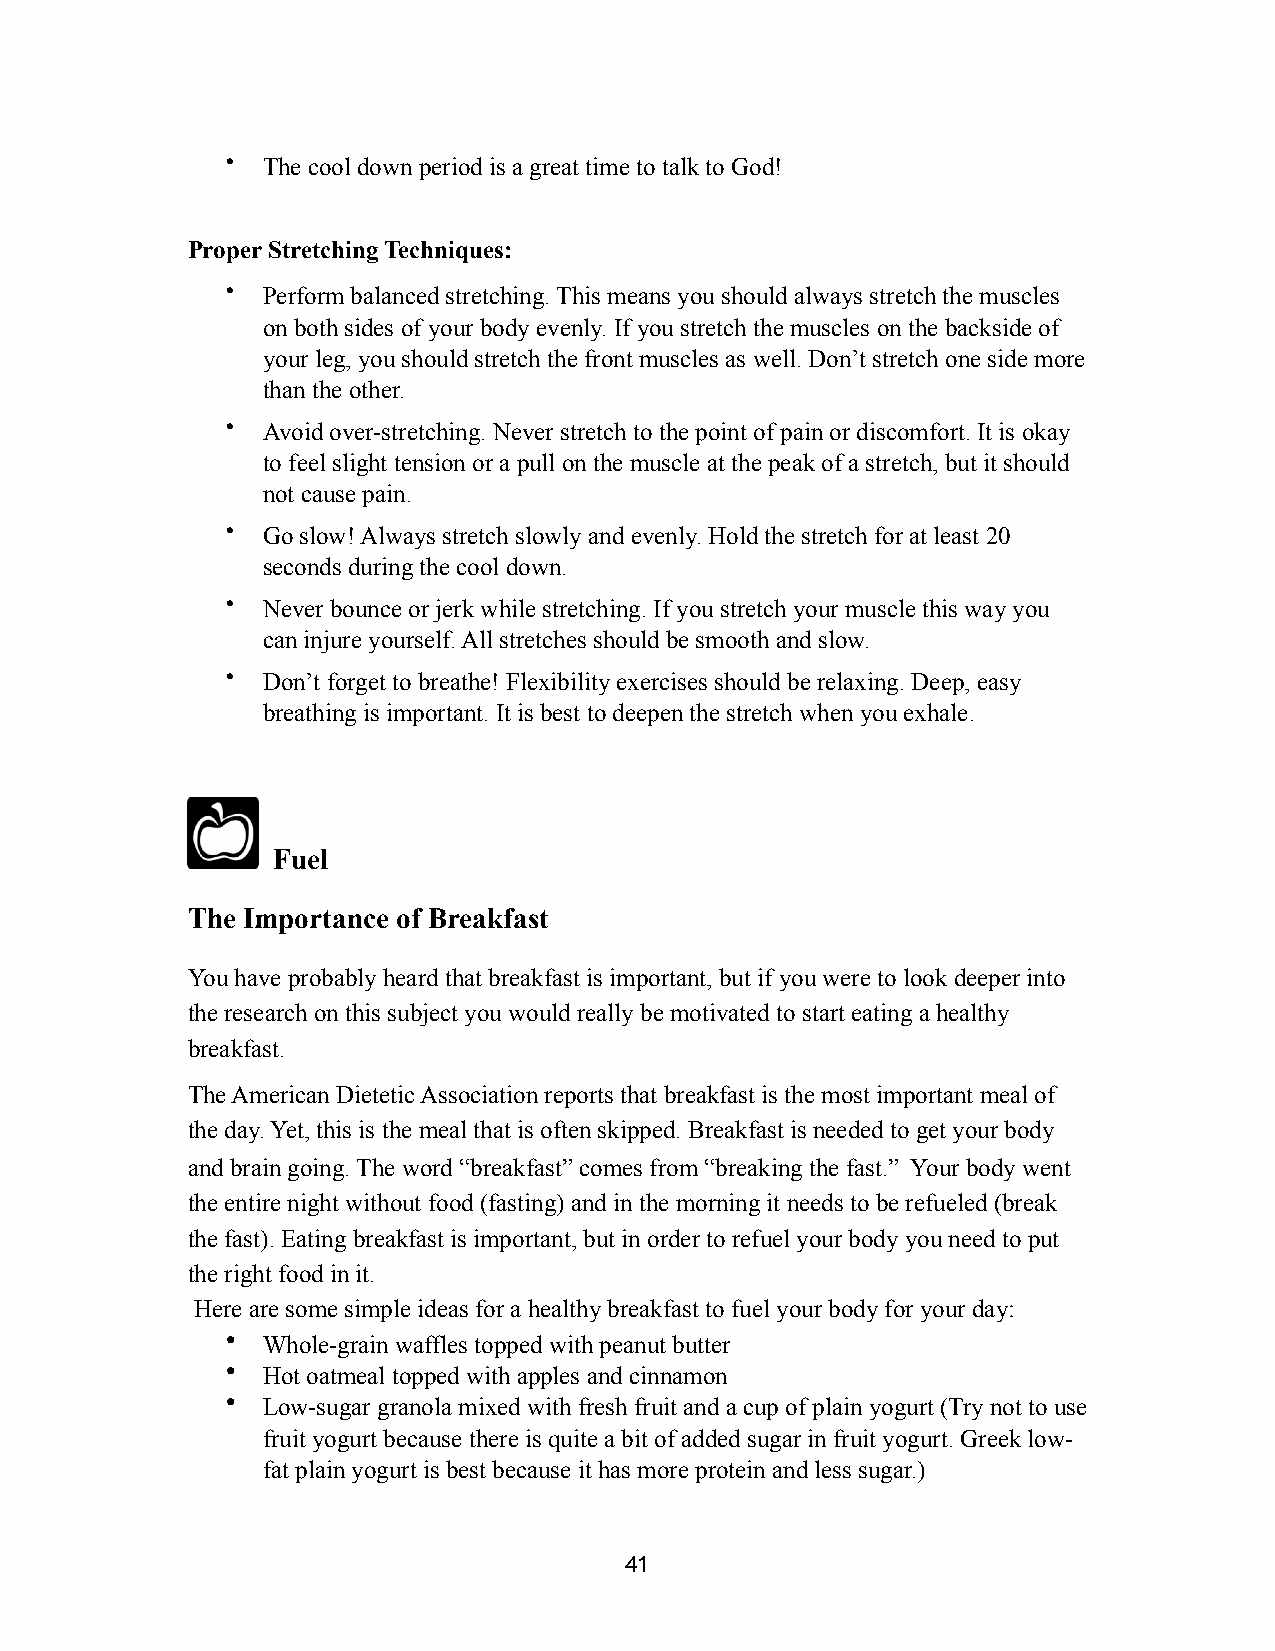
• The cool down period is a great time to talk to God!
 Proper Stretching Techniques:
 • Perform balanced stretching. This means you should always stretch the muscles
 on both sides of your body evenly. If you stretch the muscles on the backside of
 your leg, you should stretch the front muscles as well. Don’t stretch one side more
 than the other.
 • Avoid over-stretching. Never stretch to the point of pain or discomfort. It is okay
 to feel slight tension or a pull on the muscle at the peak of a stretch, but it should
 not cause pain.
 • Go slow! Always stretch slowly and evenly. Hold the stretch for at least 20
 seconds during the cool down.
 • Never bounce or jerk while stretching. If you stretch your muscle this way you
 can injure yourself. All stretches should be smooth and slow.
 • Don’t forget to breathe! Flexibility exercises should be relaxing. Deep, easy
 breathing is important. It is best to deepen the stretch when you exhale.
 Fuel
 The Importance of Breakfast
 You have probably heard that breakfast is important, but if you were to look deeper into
 the research on this subject you would really be motivated to start eating a healthy
 breakfast.
 The American Dietetic Association reports that breakfast is the most important meal of
 the day. Yet, this is the meal that is often skipped. Breakfast is needed to get your body
 and brain going. The word “breakfast” comes from “breaking the fast.” Your body went
 the entire night without food (fasting) and in the morning it needs to be refueled (break
 the fast). Eating breakfast is important, but in order to refuel your body you need to put
 the right food in it.
 Here are some simple ideas for a healthy breakfast to fuel your body for your day:
 • Whole-grain waffles topped with peanut butter
 • Hot oatmeal topped with apples and cinnamon
 • Low-sugar granola mixed with fresh fruit and a cup of plain yogurt (Try not to use
 fruit yogurt because there is quite a bit of added sugar in fruit yogurt. Greek low-
 fat plain yogurt is best because it has more protein and less sugar.)
 41